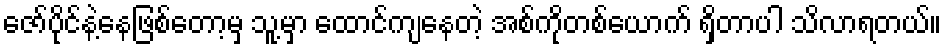
ဇော်ပိုင်နဲ့နေဖြစ်တော့မှ သူ့မှာ ထောင်ကျနေတဲ့ အစ်ကိုတစ်ယောက် ရှိတာပါ သိလာရတယ်။